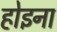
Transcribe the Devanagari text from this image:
होइना